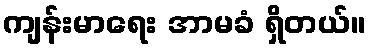
ကျန်းမာရေး အာမခံ ရှိတယ်။